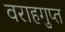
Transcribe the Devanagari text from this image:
वराहगुप्त